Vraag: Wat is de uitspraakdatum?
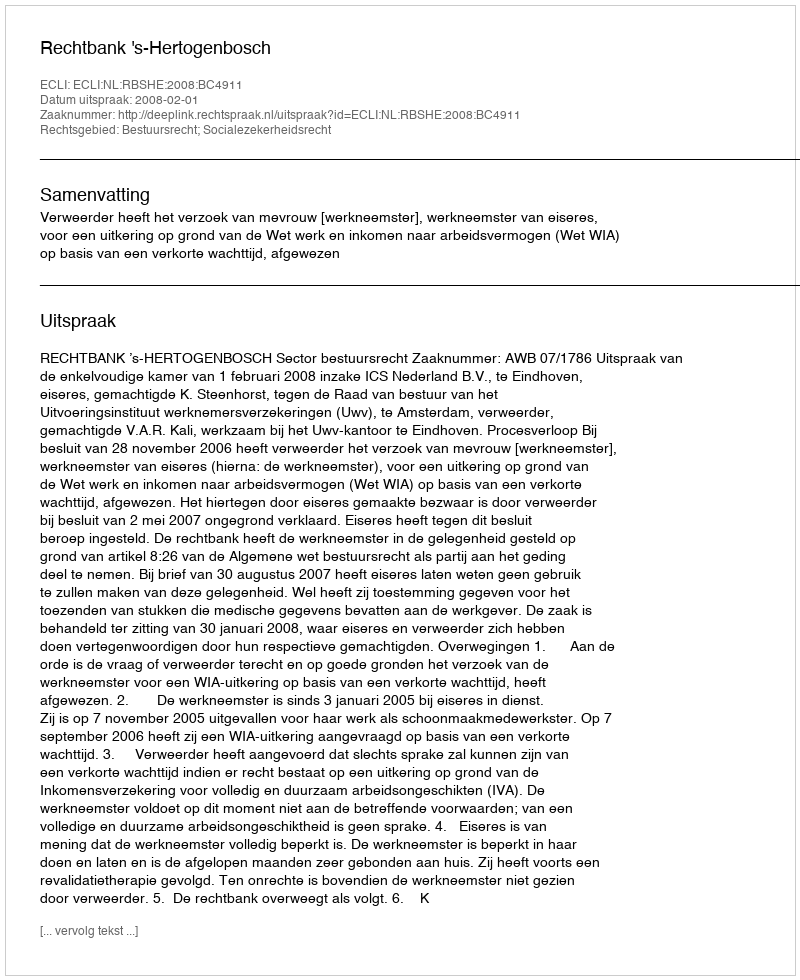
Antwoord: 2008-02-01